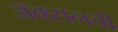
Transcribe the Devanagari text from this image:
जॅक्सनची